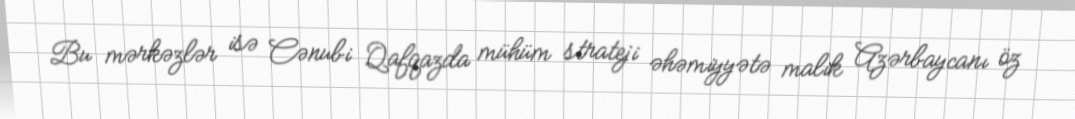
Bu mərkəzlər isə Cənubi Qafqazda mühüm strateji əhəmiyyətə malik Azərbaycanı öz